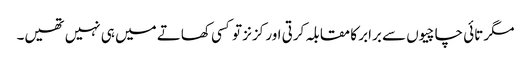
مگر تائی چاچیوں سے برابر کا مقابلہ کرتی اور کزنز تو کسی کھاتے میں ہی نہیں تھیں۔